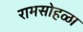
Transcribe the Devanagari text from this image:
रामसोहळा